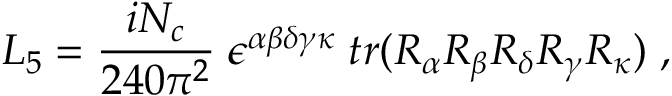
{ \cal L } _ { 5 } = \frac { i N _ { c } } { 2 4 0 \pi ^ { 2 } } \; \epsilon ^ { \alpha \beta \delta \gamma \kappa } \; t r ( R _ { \alpha } R _ { \beta } R _ { \delta } R _ { \gamma } R _ { \kappa } ) \; ,